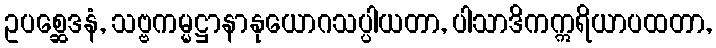
ဥပစ္ဆေဒနံ, သဗ္ဗကမ္မဋ္ဌာနာနုယောဂသပ္ပါယတာ, ပါသာဒိကဣရိယာပထတာ,